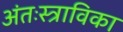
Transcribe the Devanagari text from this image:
अंतःस्त्राविका